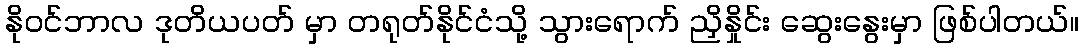
နိုဝင်ဘာလ ဒုတိယပတ် မှာ တရုတ်နိုင်ငံသို့ သွားရောက် ညှိနှိုင်း ဆွေးနွေးမှာ ဖြစ်ပါတယ်။